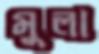
মুলা